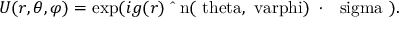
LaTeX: U ( r , \theta , \varphi ) = \exp ( i g ( r ) \, \mathrm { \boldmath ~ \hat { ~ } n ( \ t h e t a , \ v a r p h i ) ~ \cdot ~ \ s i g m a ~ } ) .